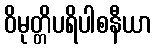
ဝိမုတ္တိပရိပါစနီယာ